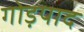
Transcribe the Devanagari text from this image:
गोड़पाद